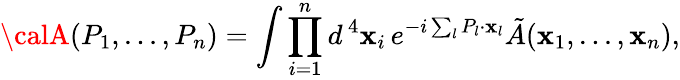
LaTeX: {\calA}(P_{1},...,P_{n})=\int\prod_{i=1}^{n}d^{\, 4}\mathbf{x}_{i}\, e^{-i\sum_{l}P_{l}\cdot\mathbf{x}_{l}}\tilde{{A}}(\mathbf{x}_{1},...,\mathbf{x}_{n}),